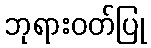
ဘုရားဝတ်ပြု